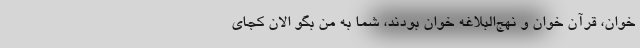
خوان، قرآن خوان و نهج‌البلاغه خوان بودند، شما به من بگو الان کجای